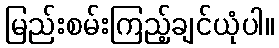
မြည်းစမ်းကြည့်ချင်ယုံပါ။